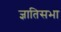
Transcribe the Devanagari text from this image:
ज्ञातिसभा